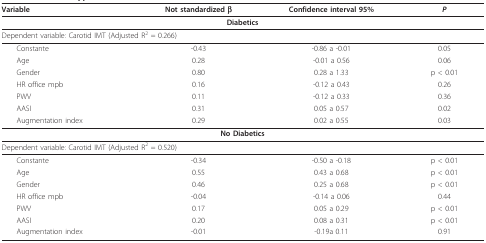
<table><thead><tr><td><b>Variable</b></td><td><b>Not standardized β</b></td><td><b>Confidence interval 95%</b></td><td><b><i>P</i></b></td></tr></thead><tbody><tr><td colspan="4"><b>Diabetics</b></td></tr><tr><td colspan="4">Dependent variable: Carotid IMT (Adjusted R<sup>2 </sup>= 0.266)</td></tr><tr><td> Constante</td><td>-0.43</td><td>-0.86 a -0.01</td><td>0.05</td></tr><tr><td> Age</td><td>0.28</td><td>-0.01 a 0.56</td><td>0.06</td></tr><tr><td> Gender</td><td>0.80</td><td>0.28 a 1.33</td><td>p &lt; 0.01</td></tr><tr><td> HR office mpb</td><td>0.16</td><td>-0.12 a 0.43</td><td>0.26</td></tr><tr><td> PWV</td><td>0.11</td><td>-0.12 a 0.33</td><td>0.36</td></tr><tr><td> AASI</td><td>0.31</td><td>0.05 a 0.57</td><td>0.02</td></tr><tr><td> Augmentation index</td><td>0.29</td><td>0.02 a 0.55</td><td>0.03</td></tr><tr><td colspan="4"><b>No Diabetics</b></td></tr><tr><td colspan="4">Dependent variable: Carotid IMT (Adjusted R<sup>2 </sup>= 0.520)</td></tr><tr><td> Constante</td><td>-0.34</td><td>-0.50 a -0.18</td><td>p &lt; 0.01</td></tr><tr><td> Age</td><td>0.55</td><td>0.43 a 0.68</td><td>p &lt; 0.01</td></tr><tr><td> Gender</td><td>0.46</td><td>0.25 a 0.68</td><td>p &lt; 0.01</td></tr><tr><td> HR office mpb</td><td>-0.04</td><td>-0.14 a 0.06</td><td>0.44</td></tr><tr><td> PWV</td><td>0.17</td><td>0.05 a 0.29</td><td>p &lt; 0.01</td></tr><tr><td> AASI</td><td>0.20</td><td>0.08 a 0.31</td><td>p &lt; 0.01</td></tr><tr><td> Augmentation index</td><td>-0.01</td><td>-0.19a 0.11</td><td>0.91</td></tr></tbody></table>